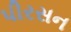
પીરસન